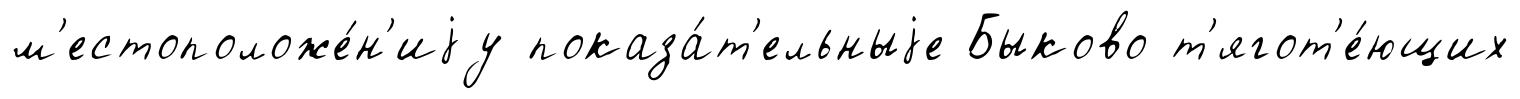
м'естоположе́н'иjу показа́т'ельныjе Быково т'ягот'е́ющих